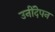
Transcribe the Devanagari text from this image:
उनींदेपन